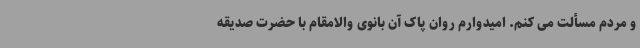
و مردم مسألت می کنم. امیدوارم روان پاک آن بانوی والامقام با حضرت صدیقه